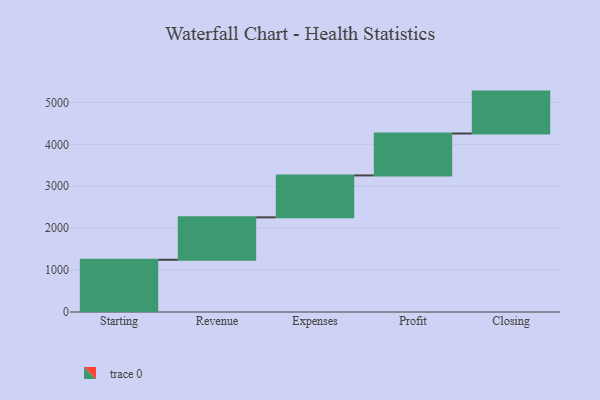
{"axis": {"x": "Step", "y": "Value"}, "legend": [""], "data": [{"x": "Starting", "y": 1246.0, "type": ""}, {"x": "Revenue", "y": 1012.0, "type": ""}, {"x": "Expenses", "y": 1000, "type": ""}, {"x": "Profit", "y": 1000, "type": ""}, {"x": "Closing", "y": 1000, "type": ""}]}